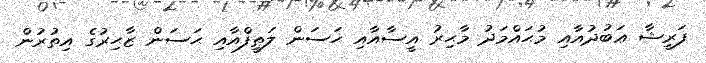
ފަރީޝާ ޢަބުދުއާއި މުޙައްމަދު މާޙިރު އީސާއާއި ޙަސަން ލަޠީފްއާއި ޙަސަން ޒާޙިރުގެ އިތުރުން